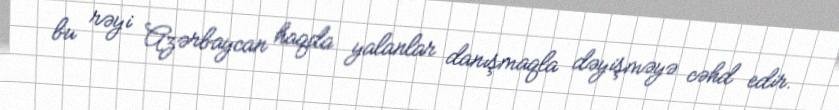
bu rəyi Azərbaycan haqda yalanlar danışmaqla dəyişməyə cəhd edir.